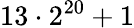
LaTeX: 13\cdot 2^{20}+1